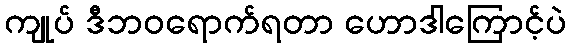
ကျုပ် ဒီဘဝရောက်ရတာ ဟောဒါကြောင့်ပဲ